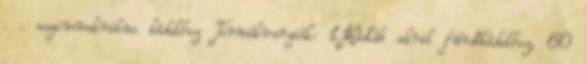
. . aszimmetrikus kádakhoz Termékverziók: 1,Kádláb akril fürdőkádakhoz, 60